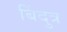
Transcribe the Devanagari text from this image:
बिंदुत्र